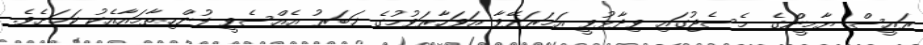
ރައީސް ޔާމީންގެ މެސެޖުގައި ވިދާޅުވީ އަމަރަދޭވާ އަވަހާރަވުމުގެ ޚަބަރު އެއްސެވީ ފުންހިތާމައާއެކު ކަމަށެވެ.